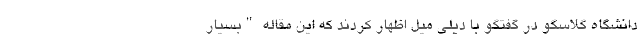
دانشگاه گلاسگو در گفتگو با دیلی میل اظهار کردند که این مقاله "بسیار